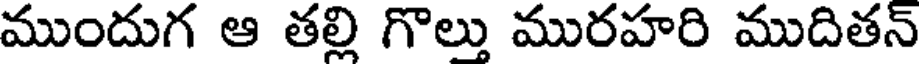
ముందుగ ఆ తల్లి గొల్లు మురహరి ముదితన్